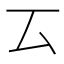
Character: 𠫔